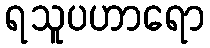
ရသူပဟာရော